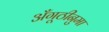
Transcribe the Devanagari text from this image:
अँगूठीनुमा